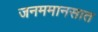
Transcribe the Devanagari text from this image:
जनममानसात